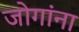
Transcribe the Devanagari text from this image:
जोगांना